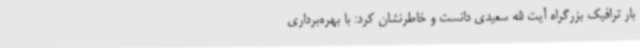
بار ترافیک بزرگراه آیت الله سعیدی دانست و خاطرنشان کرد: با بهره‌برداری